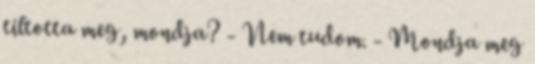
tiltotta meg, mondja? - Nem tudom. - Mondja meg